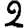
Digit: 2